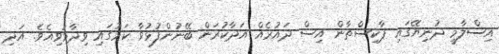
އިސްލާމީ ދުނިޔޭގައި ޕާކިސްތާން އިސް ދައުރެއް އަދާކުރަން ބޭނުންފުޅުވާ ކަމުގައި ވިދާޅުވިއެވެ. އަދި